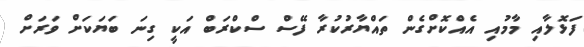
ފަޅޮލާއި މާމުއި އެއްކޮށްގެން ތައްޔާރުކުރާ ފޭސް ސްކްރަބް އަކީ ގިނަ ބަޔަކަށް ވަރަށް